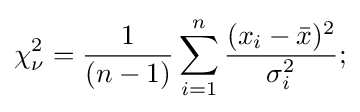
\chi _{\nu }^{2}={\frac {1}{(n-1)}}\sum _{i=1}^{n}{\frac {(x_{i}-{\bar {x}})^{2}}{\sigma _{i}^{2}}};